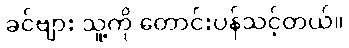
ခင်ဗျား သူ့ကို တောင်းပန်သင့်တယ်။